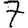
Digit: 7